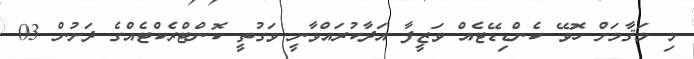
މި މަޤާމަށް ހޮވޭ ކެންޑިޑޭޓެއް ވަޒީފާ އަދާކުރައްވާނީ ވަގުތީ ކޮންޓްރެކްޓެއްގެ ދަށުން 03